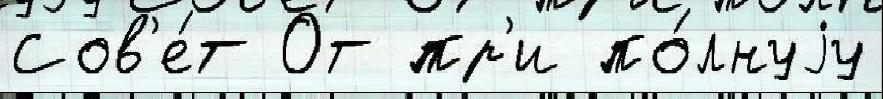
Сов'е́т От пр'и по́лнуjу